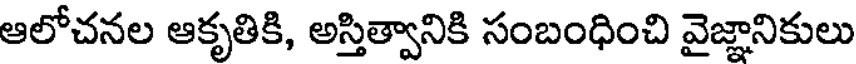
ఆలోచనల ఆకృతికి, అస్తిత్వానికి సంబంధించి వైజ్ఞానికులు